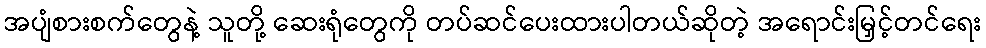
အပျံစားစက်တွေနဲ့ သူတို့ ဆေးရုံတွေကို တပ်ဆင်ပေးထားပါတယ်ဆိုတဲ့ အရောင်းမြှင့်တင်ရေး